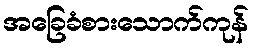
အခြေခံစားသောက်ကုန်